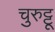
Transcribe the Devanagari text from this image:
चुरुट्टू